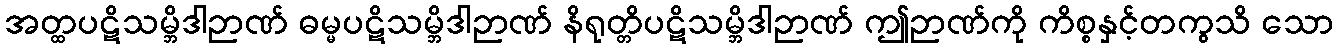
အတ္ထပဋိသမ္ဘိဒါဉာဏ် ဓမ္မပဋိသမ္ဘိဒါဉာဏ် နိရုတ္တိပဋိသမ္ဘိဒါဉာဏ် ဤဉာဏ်ကို ကိစ္စနှင့်တကွသိ သော